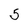
Character: 5